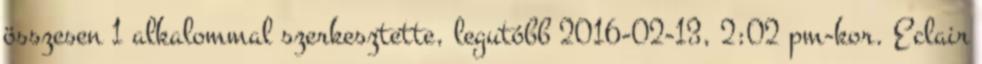
összesen 1 alkalommal szerkesztette, legutóbb 2016-02-13, 2:02 pm-kor. Eclair